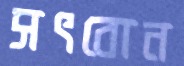
সৎবোন